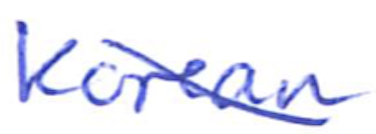
Text: Korean
Cross-out: diagonal
Writing tool: ballpoint